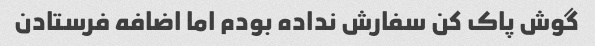
گوش پاک کن سفارش نداده بودم اما اضافه فرستادن